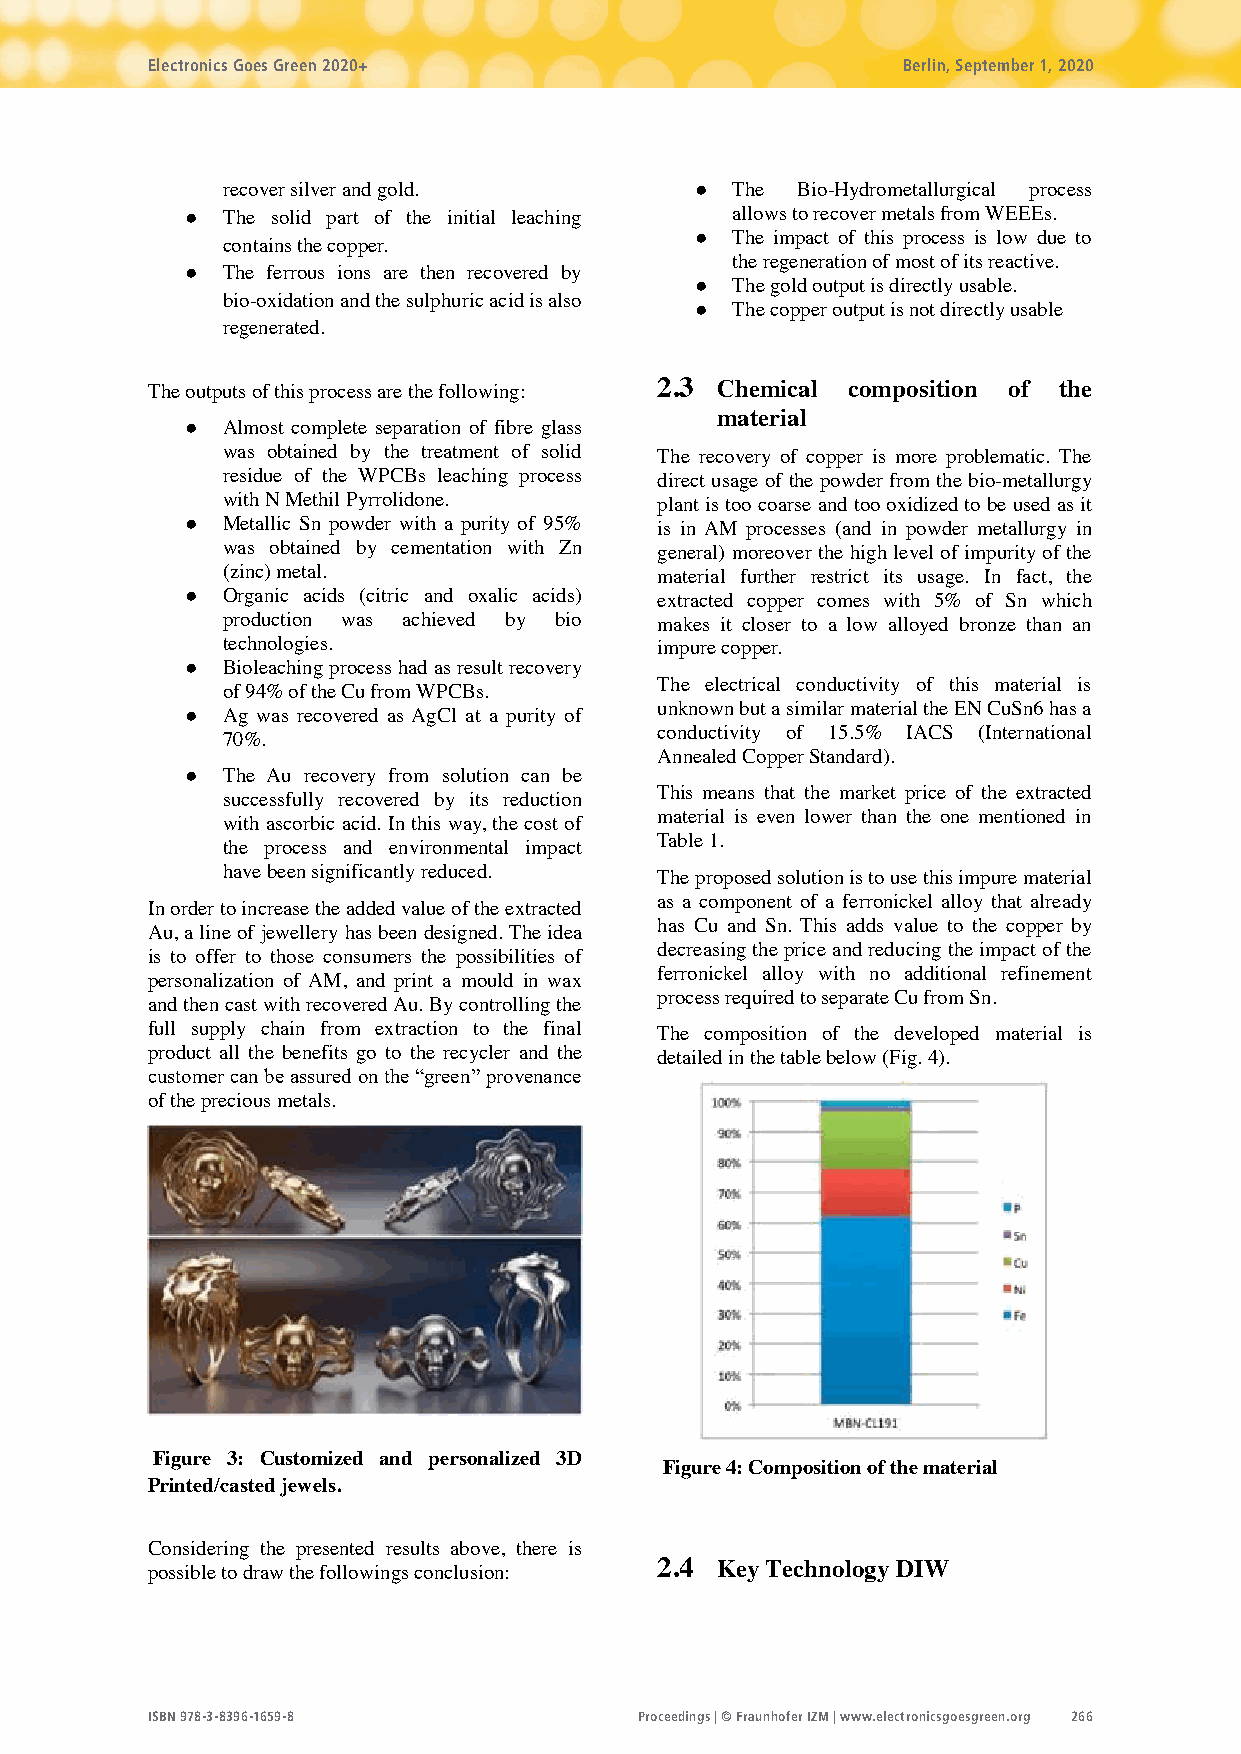
Electronics Goes Green 2020+                      Berlin, September 1, 2020
 recover silver and gold.       ● The  Bio-Hydrometallurgical process
 ●  The solid part of the initial leaching allows to recover metals from WEEEs.
 ● The impact of this process is low due to
 contains the copper.
 the regeneration of most of its reactive.
 ●  The ferrous ions are then recovered by
 ● The gold output is directly usable.
 bio-oxidation and the sulphuric acid is also
 ● The copper output is not directly usable
 regenerated.
 The outputs of this process are the following: 2.3 Chemical composition of the
 material
 ●  Almost complete separation of fibre glass
 was obtained by the treatment of solid The recovery of copper is more problematic. The
 residue of the WPCBs leaching process direct usage of the powder from the bio-metallurgy
 with N Methil Pyrrolidone.  plant is too coarse and too oxidized to be used as it
 ●  Metallic Sn powder with a purity of 95% is in AM processes (and in powder metallurgy in
 was obtained by cementation with Zn general) moreover the high level of impurity of the
 (zinc) metal.               material further restrict its usage. In fact, the
 ●  Organic acids (citric and oxalic acids) extracted copper comes with 5% of Sn which
 production was achieved by bio makes it closer to a low alloyed bronze than an
 technologies.               impure copper.
 ●  Bioleaching process had as result recovery
 The electrical conductivity of this material is
 of 94% of the Cu from WPCBs.
 ●  Ag was recovered as AgCl at a purity of unknown but a similar material the EN CuSn6 has a
 conductivity of 15.5% IACS (International
 70%.
 Annealed Copper Standard).
 ●  The Au recovery from solution can be
 This means that the market price of the extracted
 successfully recovered by its reduction
 material is even lower than the one mentioned in
 with ascorbic acid. In this way, the cost of
 Table 1.
 the process and environmental impact
 have been significantly reduced. The proposed solution is to use this impure material
 as a component of a ferronickel alloy that already
 In order to increase the added value of the extracted
 has Cu and Sn. This adds value to the copper by
 Au, a line of jewellery has been designed. The idea
 decreasing the price and reducing the impact of the
 is to offer to those consumers the possibilities of
 ferronickel alloy with no additional refinement
 personalization of AM, and print a mould in wax
 process required to separate Cu from Sn.
 and then cast with recovered Au. By controlling the
 full supply chain from extraction to the final The composition of the developed material is
 product all the benefits go to the recycler and the detailed in the table below (Fig. 4).
 customer can be assured on the “green” provenance
 of the precious metals.
 Figure 3: Customized and personalized 3D
 Figure 4: Composition of the material
 Printed/casted jewels.
 Considering the presented results above, there is
 possible to draw the followings conclusion: 2.4 Key Technology DIW
 ISBN 978-3-8396-1659-8          Proceedings | © Fraunhofer IZM | www.electronicsgoesgreen.org 266